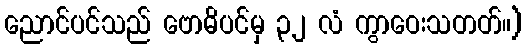
ညောင်ပင်သည် ဗောဓိပင်မှ ၃၂ လံ ကွာဝေးသတတ်။)